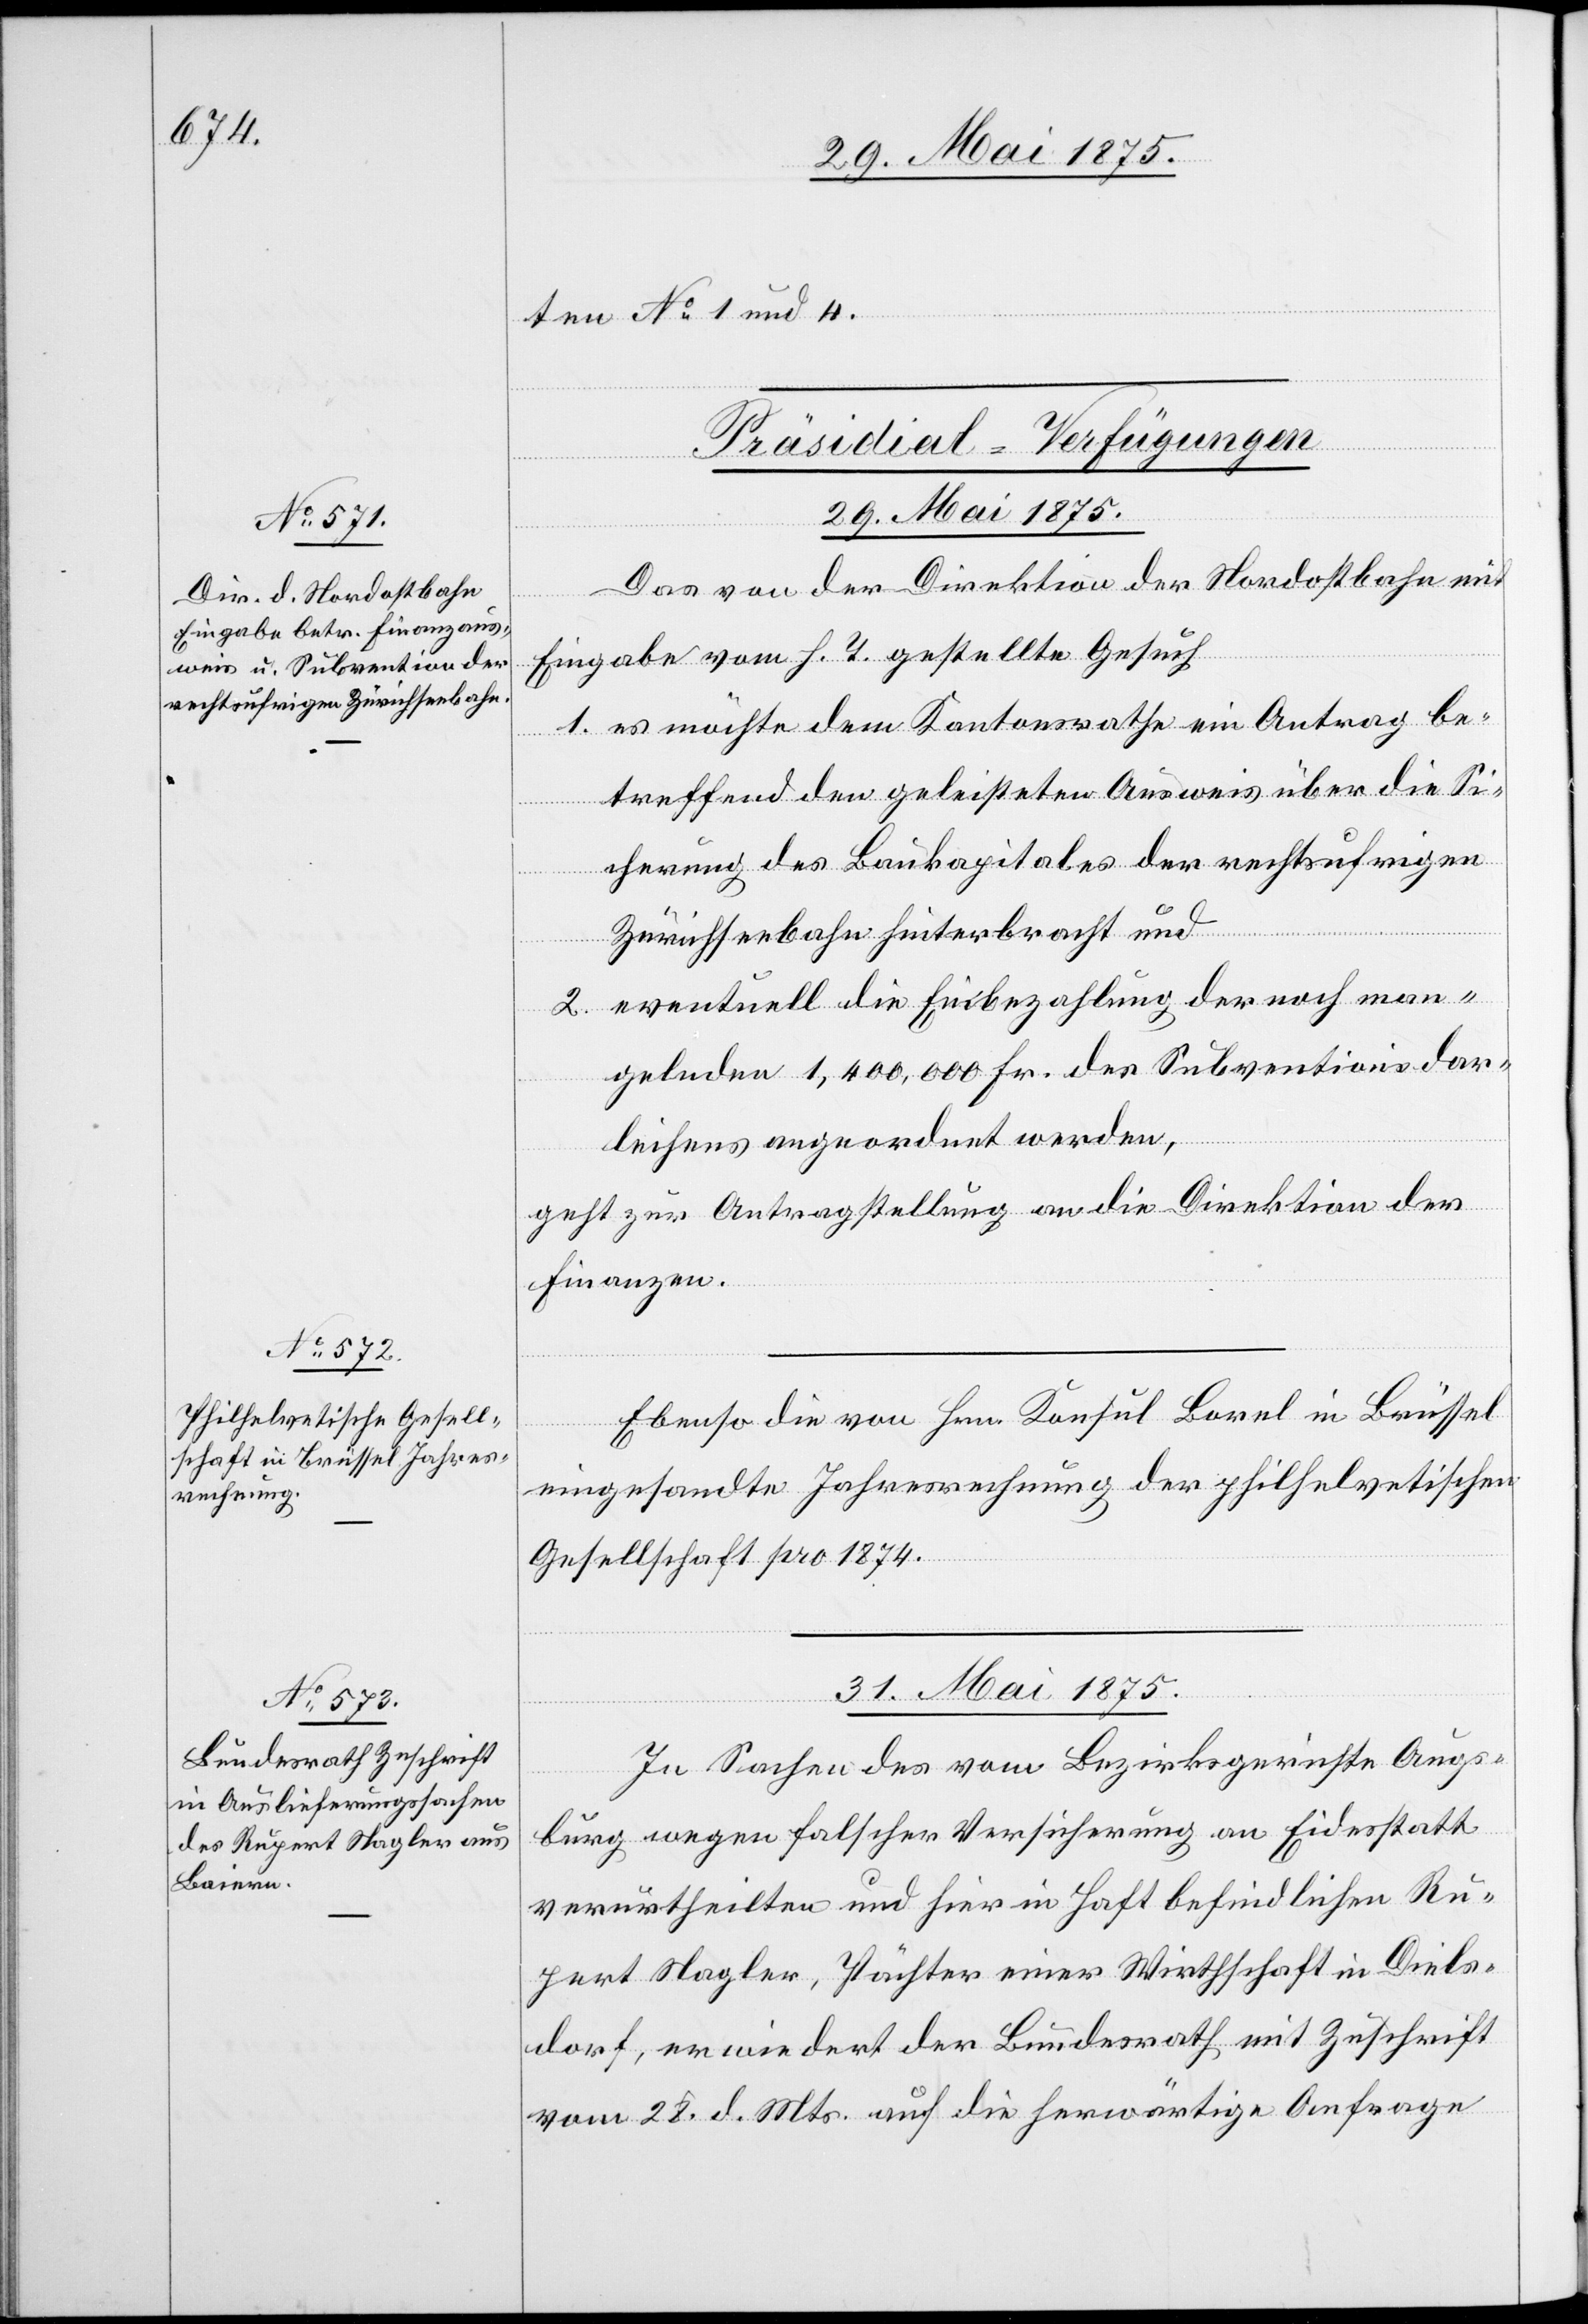
ten No 1 und 4.
[Präsidial-Verfügungen.]
29. Mai 1875.]
Das von der Direktion der Nordostbahn mit
Eingabe vom h. T. gestellte Gesuch
1. es möchte dem Kantonsrathe ein Antrag be¬
treffend den geleisteten Ausweis über die Si¬
cherung des Baukapitales der rechtsufrigen
Zürichseebahn hinterbracht und
2. eventuell die Einbezahlung der noch man¬
gelnden 1,400,000 Fr. des Subventionsdar¬
leihens angeordnet werden,
geht zur Antragstellung an die Direktion der
Finanzen.
Ebenso die von Hrn. Konsul Borel in Brüssel
eingesandte Jahresrechnung der philhelvetischen
Gesellschaft pro 1874.
31. Mai 1875.
[Fortsetzung
In Sachen des vom Bezirksgerichte Augs¬
burg wegen falscher Versicherung an Eidesstatt
verurtheilten und hier in Haft befindlichen Ru¬
pert Nagler, Pächter einer Wirthschaft in Diels¬
dorf, erwiedert der Bundesrath mit Zuschrift
vom 28. d. Mts. auf die herwärtige Anfrage